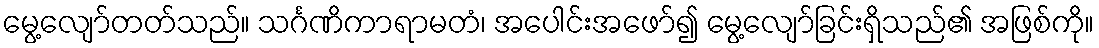
မွေ့လျော်တတ်သည်။ သင်္ဂဏိကာရာမတံ၊ အပေါင်းအဖော်၍ မွေ့လျော်ခြင်းရှိသည်၏ အဖြစ်ကို။